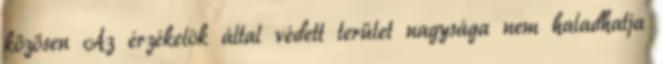
közösen Az érzékelõk által védett terület nagysága nem haladhatja